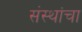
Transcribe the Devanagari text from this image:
संस्‍थांचा